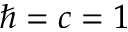
\hbar = c = 1